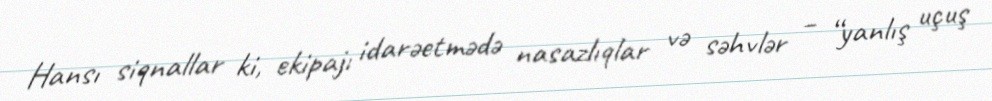
Hansı siqnallar ki, ekipajı idarəetmədə nasazlıqlar və səhvlər – “yanlış uçuş